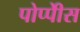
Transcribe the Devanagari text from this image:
पोप्पीेस